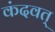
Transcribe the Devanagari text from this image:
कंदवत्‌